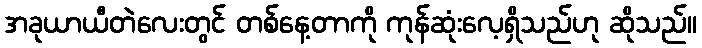
အခုယာယီတဲလေးတွင် တစ်နေ့တာကို ကုန်ဆုံးလေ့ရှိသည်ဟု ဆိုသည်။